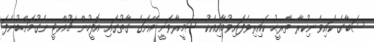
ޝަބާގެ ކައިވެނިކުރާ ތާރީޙު ކައިރިވެފައިވުމާއިއެކު ސަމީރާވަނީ އޭނަގެ ގާތުގައި އޮފީހުން ޗުއްޓީ ނެގުމަށްބުނެފަ